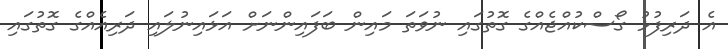
އެ ދަރިފުޅު ގޯސްކުއްޖެއްގެ ގޮތުގައި ނުވަތަ މައިން ބަފައިންނަށް އަޅައިނުލައި ދަރިއެއްގެ ގޮތުގައި